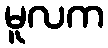
မူလက